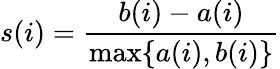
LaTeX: s(i)=\frac{b(i)-a(i)}{\operatorname*{max}\{ a(i),b(i)\} }